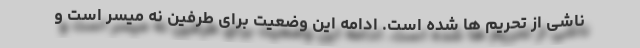
ناشی از تحریم ها شده است. ادامه این وضعیت برای طرفین نه میسر است و